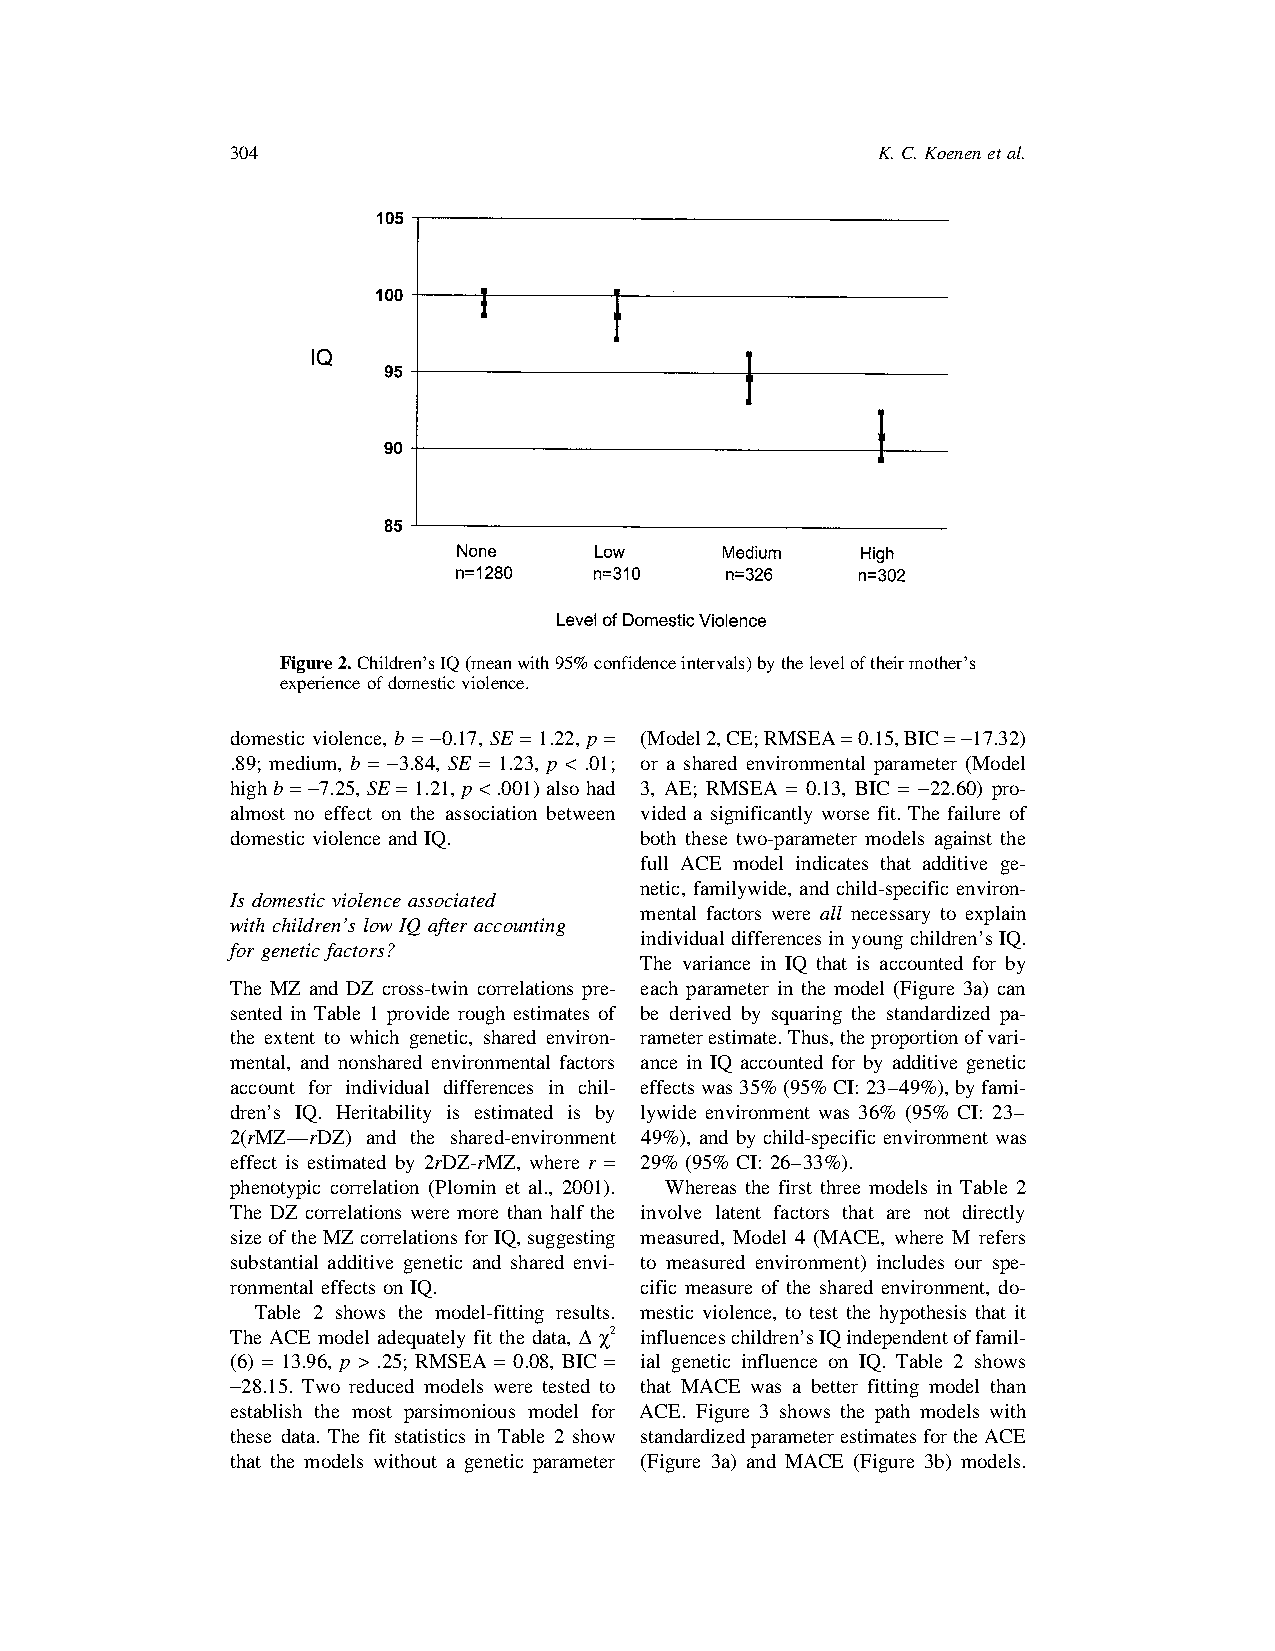
304                                        K.C.Koenenetal.
 Figure2.Children’sIQ(meanwith95%confidenceintervals)bytheleveloftheirmother’s
 experienceofdomesticviolence.
 domestic violence, b = −0.17, SE = 1.22, p = (Model2,CE;RMSEA=0.15,BIC=−17.32)
 .89; medium, b = −3.84, SE = 1.23, p < .01; or a shared environmental parameter (Model
 high b= −7.25, SE =1.21, p <.001) also had 3, AE; RMSEA = 0.13, BIC = −22.60) pro-
 almost no effect on the association between vided a significantly worse fit. The failure of
 domestic violence and IQ.  both these two-parameter models against the
 full ACE model indicates that additive ge-
 netic, familywide, and child-specific environ-
 Is domestic violence associated
 mental factors were all necessary to explain
 with children’s low IQ after accounting
 individualdifferences inyoung children’sIQ.
 for genetic factors?
 The variance in IQ that is accounted for by
 The MZ and DZ cross-twin correlations pre- each parameter in the model (Figure 3a) can
 sented in Table 1 provide rough estimates of be derived by squaring the standardized pa-
 the extent to which genetic, shared environ- rameterestimate.Thus,theproportionofvari-
 mental, and nonshared environmental factors ance in IQ accounted for by additive genetic
 account for individual differences in chil- effectswas35%(95%CI:23–49%),byfami-
 dren’s IQ. Heritability is estimated is by lywide environment was 36% (95% CI: 23–
 2(rMZ—rDZ) and the shared-environment 49%), and by child-specific environment was
 effect is estimated by 2rDZ-rMZ, where r = 29% (95% CI: 26–33%).
 phenotypic correlation (Plomin et al., 2001). Whereas the first three models in Table 2
 The DZ correlations were more than half the involve latent factors that are not directly
 sizeoftheMZcorrelationsforIQ,suggesting measured, Model 4 (MACE, where M refers
 substantial additive genetic and shared envi- to measured environment) includes our spe-
 ronmental effects on IQ.   cific measure of the shared environment, do-
 Table 2 shows the model-fitting results. mestic violence, to test the hypothesis that it
 The ACE model adequately fit the data, ∆ χ2 influenceschildren’sIQindependentoffamil-
 (6) = 13.96, p > .25; RMSEA = 0.08, BIC = ial genetic influence on IQ. Table 2 shows
 −28.15. Two reduced models were tested to that MACE was a better fitting model than
 establish the most parsimonious model for ACE. Figure 3 shows the path models with
 these data. The fit statistics in Table 2 show standardizedparameterestimatesfortheACE
 that the models without a genetic parameter (Figure 3a) and MACE (Figure 3b) models.